Lunatic asylums Bombay report 1891-1903 - 1891-1903
Year: 1891
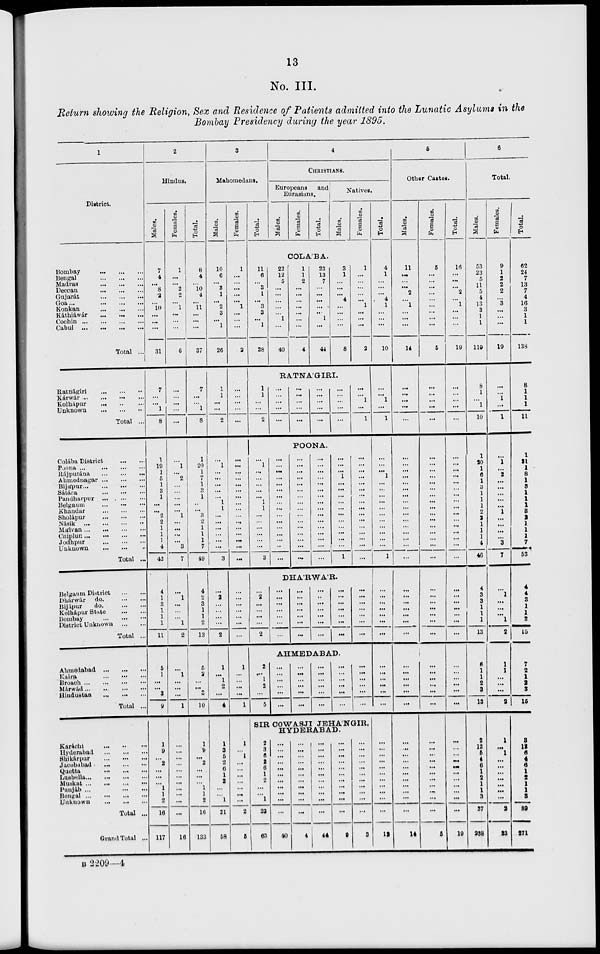
13
No. III.
Return showing the Religion, Sex and Residence of Patients admitted into the Lunatic Asylums in the
Bombay Presidency during the year 1895.
1
District.
Bombay
...
...
...
Bengal
...
...
...
Madias
...
...
...
Deccan
...
...
...
Gujarat
...
...
...
Goa ...
...
...
...
Konkan
...
...
...
Káthiáwár
...
...
...
Cochin
...
...
...
...
Cabul
...
...
...
...
Total ...
Ratnágiri
...
...
...
Kárwár
...
...
...
...
Kolhápur ... ... ...
Unknown
...
...
...
Total ...
Colába District
...
...
Poona ...
...
...
...
Rájputána
...
...
...
Ahmednagar ... ... ...
Bijápur ... ... ... ...
Sátára
...
...
...
Pandharpur
...
...
...
Belgaum
...
...
...
Khandar
...
...
...
Sholápur
...
...
...
Násik
...
...
...
...
Málvan ... ... ... ...
Chiplun ... ... ... ...
Jodhpur
...
...
...
Unknown
...
...
...
Total ...
Belgaum District
...
...
Dhárwár do.
...
...
Bijápur
do. ... ...
Kolhápur State
...
...
Bombay ... ... ...
District Unknown
...
...
Total ...
Ahmedabad
...
...
...
Kaira
...
...
...
Broach
...
...
...
...
Márwád ... ... ... ...
Hindustan ... ... ...
Total ...
Karachi
...
...
...
Hyderabad
...
...
...
Shikárpur
...
...
...
Jacobabad
...
...
...
Quetta
...
...
...
Lusbella ... ... ... ...
Muskat
...
...
...
...
Punjáb ...
...
...
Bengal
...
...
...
...
Unknown ... ... ...
Total ...
Grand Total ...
2
Hindus.
Males.
7
4
...
8
2
...
10
...
...
...
31
7
...
...
1
8
1
19
1
5
1
3
1
...
...
2
2
1
1
1
4
42
4
1
3
1
1
1
11
5
1
...
...
3
9
1
9
...
2
...
...
...
1
1
2
16
117
Females.
1
...
...
2
2
...
1
...
...
...
6
...
...
...
...
...
...
1
...
2
...
...
...
...
...
1
...
...
...
...
3
7
...
1
...
...
...
1
2
...
1
...
...
...
1
...
...
...
...
...
...
...
...
...
...
...
16
Total.
8
4
...
10
4
...
11
...
...
...
37
7
...
...
1
8
1
20
1
7
1
3
1
..
...
3
2
1
1
1
7
49
4
2
3
1
1
2
13
5
2
...
...
3
10
1
9
...
2
...
...
...
1
1
2
16
133
3
Mahomedans.
Males.
10
6
...
3
1
...
2
3
...
1
26
1
1
...
...
2
...
1
...
...
...
...
...
1
1
...
...
...
...
...
...
3
...
2
...
...
...
...
2
1
...
1
2
...
4
1
3
5
2
6
1
2
...
...
1
21
58
Females.
1
...
...
...
...
...
1
...
...
...
2
...
...
...
...
...
...
...
...
...
...
...
...
...
...
...
...
...
...
...
...
...
...
...
...
...
...
...
...
1
...
...
...
...
1
1
...
1
...
...
...
...
...
...
...
2
5
Total.
4
CHRISTIANS.
Europeans and
Eurasians.
Males.
Females.
Total.
Natives.
Males.
Females.
COLA'BA.
11
6
...
3
1
...
3
3
...
1
28
22
12
5
...
...
...
...
...
1
...
40
1
1
2
...
...
...
...
...
...
...
4
23
13
7
...
...
...
...
...
1
...
44
3
1
...
...
...
4
...
...
...
...
8
1
...
...
...
...
...
1
...
...
...
2
RATNA'GIRI.
1
1
...
...
2
...
...
...
...
...
...
...
...
...
...
...
...
...
...
...
...
...
...
...
...
...
...
1
...
1
POONA.
...
1
...
...
...
...
...
1
1
...
...
...
...
...
...
3
...
...
...
...
...
...
...
...
...
...
...
...
...
...
...
...
...
...
...
...
...
...
...
...
...
...
...
...
...
...
...
...
...
...
...
...
...
...
...
...
...
...
...
...
...
...
...
...
...
...
...
1
...
...
...
...
...
...
...
...
...
...
...
1
...
...
...
...
...
...
...
...
...
...
...
...
...
...
...
...
DHA'RWA'R.
...
2
...
...
...
...
2
...
...
...
...
...
...
...
...
...
...
...
...
...
...
...
...
...
...
...
...
...
...
...
...
...
...
...
...
...
...
...
...
...
...
...
AHMEDABAD.
2
...
1
2
...
5
...
...
...
...
...
...
...
...
...
...
...
...
...
...
...
...
...
...
...
...
...
...
...
...
...
...
...
...
...
...
SIR COWASJI JEHA'NGIR,
HYDERABAD.
2
3
6
2
6
1
2
...
...
1
23
63
...
...
...
...
...
...
...
...
...
...
...
40
...
...
...
...
...
...
...
...
...
...
4
...
...
...
...
...
...
...
...
...
...
...
44
...
...
...
...
...
...
...
...
...
...
...
9
...
...
...
...
...
...
...
...
...
...
...
3
Total.
4
1
...
...
...
4
1
...
...
...
10
...
...
1
...
1
...
...
...
1
...
...
...
...
...
...
...
...
...
...
...
1
...
...
...
...
...
...
...
...
...
...
...
...
...
...
...
...
...
...
...
...
...
...
...
...
12
6
Other Castes.
Males.
11
...
...
...
2
...
1
...
...
...
14
...
...
...
...
...
...
...
...
...
...
...
...
...
...
...
...
...
...
...
...
...
...
...
...
...
...
...
...
...
...
...
...
...
...
...
...
...
...
...
...
...
...
...
...
...
14
Females.
5
...
...
...
...
...
...
...
...
...
5
...
...
...
...
...
...
...
...
...
...
...
...
...
...
...
...
...
...
...
...
...
...
...
...
...
...
...
...
...
...
...
...
...
...
...
...
...
...
...
...
...
...
...
...
...
5
Total.
16
...
...
...
2
...
1
...
...
...
19
...
...
...
...
...
...
...
...
...
...
...
...
...
...
...
...
...
...
...
...
...
...
...
...
...
...
...
...
...
...
...
...
...
...
...
...
...
...
...
...
...
...
...
...
19
6
Total.
Males.
53
23
5
11
5
4
13
3
1
1
119
8
1
...
1
10
1
20
1
6
1
3
1
1
1
2
2 1
1
1
4
46
4
3
3
1
1
1
13
6
1
1
2
3
13
2
12
5
4
6
1
2
1
1
3
37
238
Females.
9
1
2
2
2
...
3
...
...
...
19
...
...
1
...
1
...
1
...
2
...
...
...
...
...
1
...
...
...
...
3
7
...
1
...
...
...
1
2
1
1
...
...
...
2
1
...
1
...
...
...
...
...
...
...
2
33
Total.
62
24
7
13
7
4
16
3
1
1
138
8
1
1
1
11
1
21
1
8
1
3
1
1
1
3
2
1
1
1
7
53
4
4
3
1
1
2
15
7
2
1
2 3
15
3
12
6
4
6
1
2
1
1
3
89
271
B 2209—4